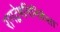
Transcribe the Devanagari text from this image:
रागद्वेषभिनिवेशा